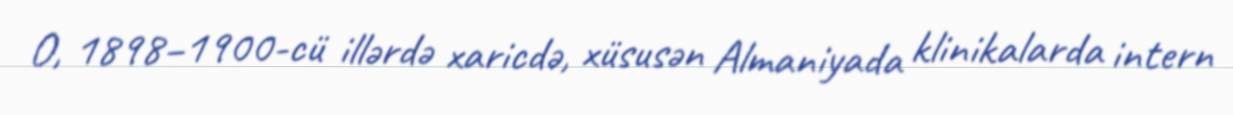
O, 1898–1900-cü illərdə xaricdə, xüsusən Almaniyada klinikalarda intern